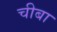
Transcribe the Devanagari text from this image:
चीबा